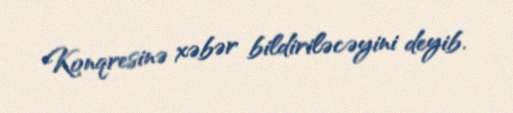
Konqresinə xəbər bildiriləcəyini deyib.